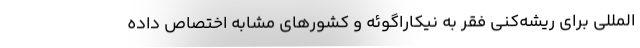
المللی برای ریشه‌کنی فقر به نیکاراگوئه و کشورهای مشابه اختصاص داده